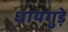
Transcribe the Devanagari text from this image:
धायगुड़े